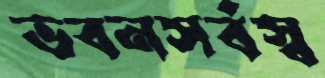
ভবনসর্বস্ব